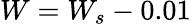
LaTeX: W=W_{s}-0.01